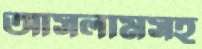
আসলামসহ